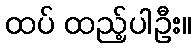
ထပ် ထည့်ပါဦး။